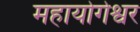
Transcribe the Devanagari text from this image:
महायोगेश्वर